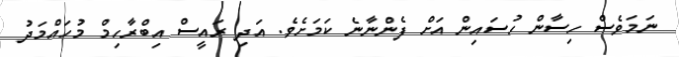
ނަމަވެސް ހިސާން ހުސައިން އަށް ފެންނާނެ ކަމަށެވެ. އަދި ރައީސް އިބްރާހިމް މުހައްމަދު